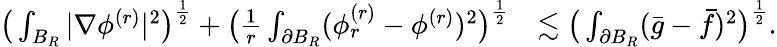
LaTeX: \begin{array}{rl}{\big(\int_{B_{R}}|\nabla\phi^{(r)}|^{2}\big)^{\frac{1}{2}}+\big(\frac{1}{r}\int_{\partial B_{R}}(\phi_{r}^{(r)}-\phi^{(r)})^{2}\big)^{\frac{1}{2}}}&{\lesssim\big(\int_{\partial B_{R}}(\bar{g}-\bar{f})^{2}\big)^{\frac{1}{2}}.}\end{array}